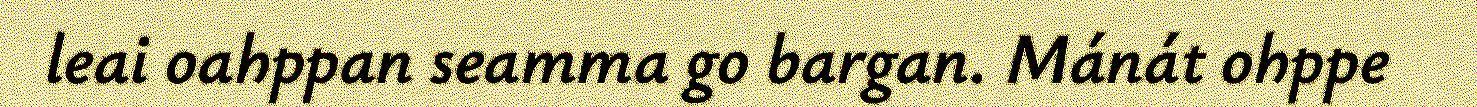
leai oahppan seamma go bargan. Mánát ohppe